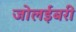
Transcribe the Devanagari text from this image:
जोलईबरी